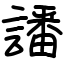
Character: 譒